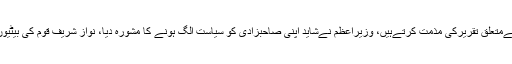
ان کا کہنا تھا کہ وزیراعظم کی خواتین سےمتعلق تقریرکی مذمت کرتےہیں، وزیراعظم نےشاید اپنی صاحبزادی کو سیاست الگ ہونے کا مشورہ دیا، نواز شریف قوم کی بیٹیوں کا بھی مریم نوازکی طرح احترام کریں۔